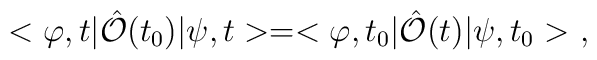
<\varphi,t|\hat{\cal O}(t_0)|\psi,t>=<\varphi,t_0|\hat{\cal O}(t)|\psi,t_0>\ ,